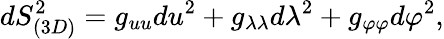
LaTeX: dS_{(3D)}^{2}=g_{uu}du^{2}+g_{\lambda\lambda}d\lambda^{2}+g_{\varphi\varphi}d\varphi^{2},